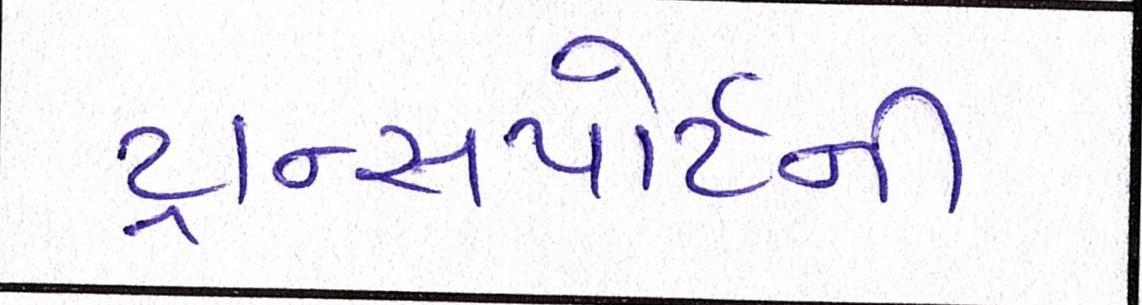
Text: ટ્રાન્સપોર્ટની